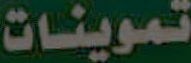
تموينات